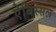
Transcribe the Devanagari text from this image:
ऐबिस्सल